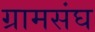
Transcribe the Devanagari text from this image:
ग्रामसंघ